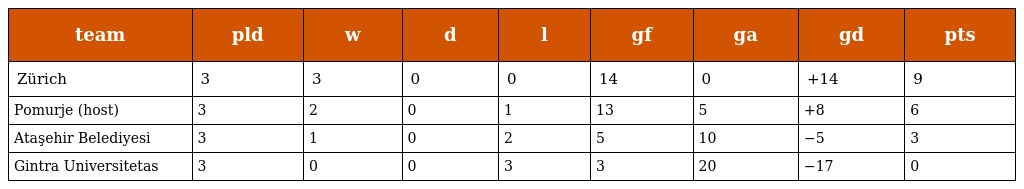
| team | pld | w | d | l | gf | ga | gd | pts |
 | --- | --- | --- | --- | --- | --- | --- | --- | --- |
 | Zürich | 3 | 3 | 0 | 0 | 14 | 0 | +14 | 9 |
 | Pomurje (host) | 3 | 2 | 0 | 1 | 13 | 5 | +8 | 6 |
 | Ataşehir Belediyesi | 3 | 1 | 0 | 2 | 5 | 10 | −5 | 3 |
 | Gintra Universitetas | 3 | 0 | 0 | 3 | 3 | 20 | −17 | 0 |